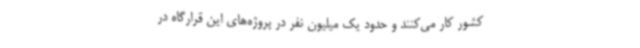
کشور کار می‌کنند و حدود یک میلیون نفر در پروژه‌های این قرارگاه در